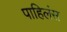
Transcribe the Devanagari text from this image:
पाहिलंस